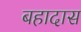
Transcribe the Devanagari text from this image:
बहादास